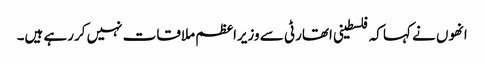
انھوں نے کہا کہ فلسطینی اتھارٹی سے وزیراعظم ملاقات نہیں کررہے ہیں۔